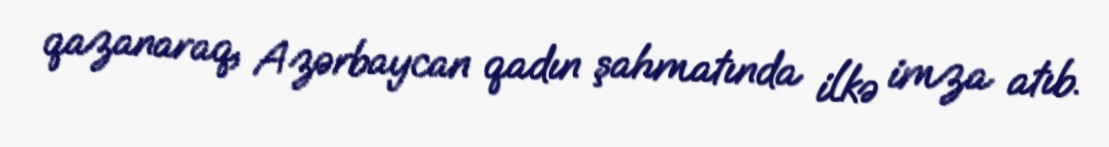
qazanaraq, Azərbaycan qadın şahmatında ilkə imza atıb.